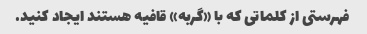
فهرستی از کلماتی که با «گربه» قافیه هستند ایجاد کنید.